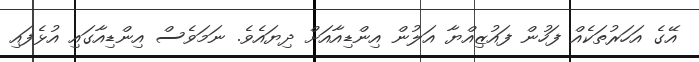
އޭގެ އަހަރުތަކެއް ފަހުން ފައުޒިއްޔާ އަލުން އިންޑިއާއަށް ދިޔައެވެ. ނަމަވެސް އިންޑިއާގައި އުޅެފައި